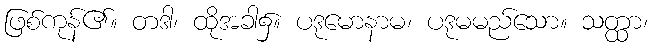
ဖြစ်ကုန်၏။ တဒါ၊ ထိုအခါ၌။ ပဒုမောနာမ၊ ပဒုမမည်သော။ သတ္ထာ၊